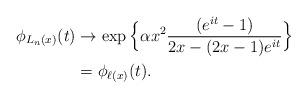
LaTeX: \begin{align*}\phi_{L_n(x)}(t)&\rightarrow \exp\Big\{{\alpha x^2}\frac{(e^{it}-1)}{2x-(2x-1)e^{it}}\Big\}\\&=\phi_{\ell(x)}(t).\end{align*}